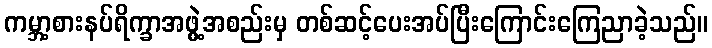
ကမ္ဘာ့စားနပ်ရိက္ခာအဖွဲ့အစည်းမှ တစ်ဆင့်ပေးအပ်ပြီးကြောင်းကြေညာခဲ့သည်။